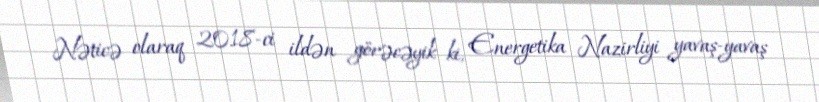
Nəticə olaraq 2018-ci ildən görəcəyik ki, Energetika Nazirliyi yavaş-yavaş